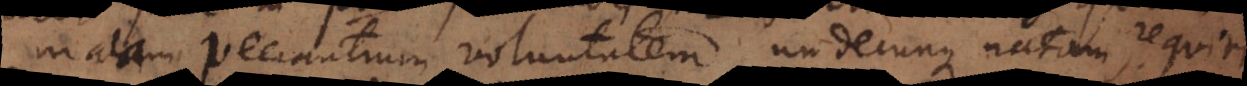
malam peccantium voluntatem undecunque natam, requiri.